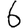
Digit: 6